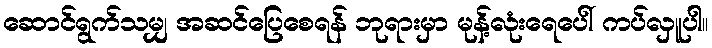
ဆောင်ရွက်သမျှ အဆင်ပြေစေရန် ဘုရားမှာ မုန့်လုံးရေပေါ် ကပ်လှူပါ။